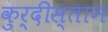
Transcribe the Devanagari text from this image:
कुर्दीस्तान